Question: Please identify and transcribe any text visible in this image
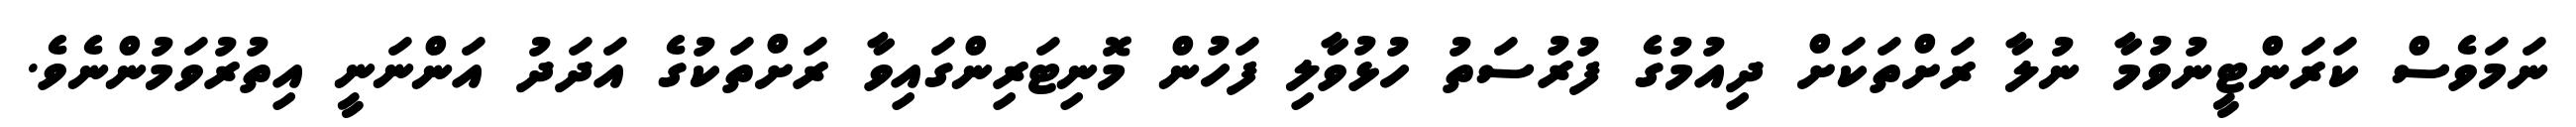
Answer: ނަމަވެސް ކަރަންޓީނުވުމާ ނުލާ ރަށްތަކަށް ދިއުމުގެ ފުރުސަތު ހުޅުވާލި ފަހުން މޮނިޓަރިންގައިވާ ރަށްތަކުގެ އަދަދު އަންނަނީ އިތުރުވަމުންނެވެ.